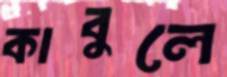
কাবুলে